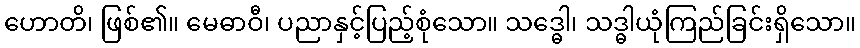
ဟောတိ၊ ဖြစ်၏။ မေဓာဝီ၊ ပညာနှင့်ပြည့်စုံသော။ သဒ္ဓေါ၊ သဒ္ဓါယုံကြည်ခြင်းရှိသော။